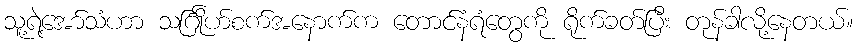
သူ့ရဲ့အော်သံဟာ သင်္ဂြိုဟ်စက်အနောက်က တောင်နံရံတွေကို ရိုက်ခတ်ပြီး တုန်ခါလို့နေတယ်။